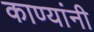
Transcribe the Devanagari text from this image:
काण्यांनी